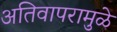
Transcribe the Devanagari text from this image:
अतिवापरामुळे